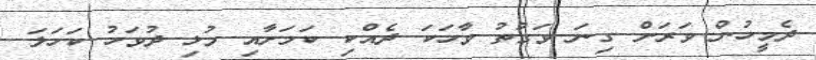
ދެމީހުން ވަރަށް ގިނަ ވަގުތު ވާހަކަ ދެއްކި ކަމަށާއި މުޅި ދުވަހު ކަހަލަ